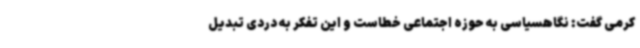
کرمی گفت: نگاهسیاسی به حوزه اجتماعی خطاست و این تفکر به دردی تبدیل